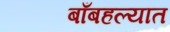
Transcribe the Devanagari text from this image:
बाँबहल्यात